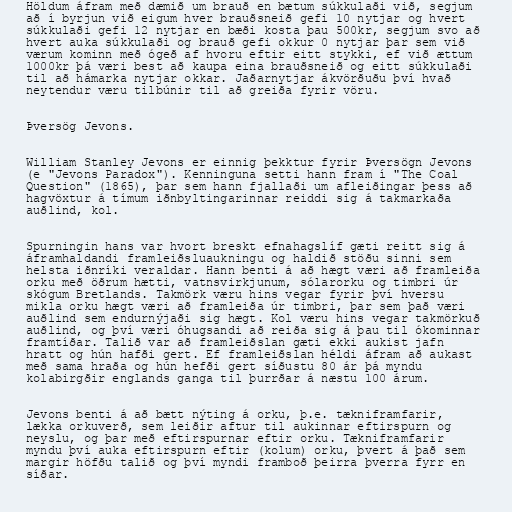
Höldum áfram með dæmið um brauð en bætum súkkulaði við, segjum
að í byrjun við eigum hver brauðsneið gefi 10 nytjar og hvert
súkkulaði gefi 12 nytjar en bæði kosta þau 500kr, segjum svo að
hvert auka súkkulaði og brauð gefi okkur 0 nytjar þar sem við
værum kominn með ógeð af hvoru eftir eitt stykki, ef við ættum
1000kr þá væri best að kaupa eina brauðsneið og eitt súkkulaði
til að hámarka nytjar okkar. Jaðarnytjar ákvörðuðu því hvað
neytendur væru tilbúnir til að greiða fyrir vöru.

Þversög Jevons.

William Stanley Jevons er einnig þekktur fyrir Þversögn Jevons
(e "Jevons Paradox"). Kenninguna setti hann fram í "The Coal
Question" (1865), þar sem hann fjallaði um afleiðingar þess að
hagvöxtur á tímum iðnbyltingarinnar reiddi sig á takmarkaða
auðlind, kol.

Spurningin hans var hvort breskt efnahagslíf gæti reitt sig á
áframhaldandi framleiðsluaukningu og haldið stöðu sinni sem
helsta iðnríki veraldar. Hann benti á að hægt væri að framleiða
orku með öðrum hætti, vatnsvirkjunum, sólarorku og timbri úr
skógum Bretlands. Takmörk væru hins vegar fyrir því hversu
mikla orku hægt væri að framleiða úr timbri, þar sem það væri
auðlind sem endurnýjaði sig hægt. Kol væru hins vegar takmörkuð
auðlind, og því væri óhugsandi að reiða sig á þau til ókominnar
framtíðar. Talið var að framleiðslan gæti ekki aukist jafn
hratt og hún hafði gert. Ef framleiðslan héldi áfram að aukast
með sama hraða og hún hefði gert síðustu 80 ár þá myndu
kolabirgðir englands ganga til þurrðar á næstu 100 árum.

Jevons benti á að bætt nýting á orku, þ.e. tækniframfarir,
lækka orkuverð, sem leiðir aftur til aukinnar eftirspurn og
neyslu, og þar með eftirspurnar eftir orku. Tækniframfarir
myndu því auka eftirspurn eftir (kolum) orku, þvert á það sem
margir höfðu talið og því myndi framboð þeirra þverra fyrr en
síðar.